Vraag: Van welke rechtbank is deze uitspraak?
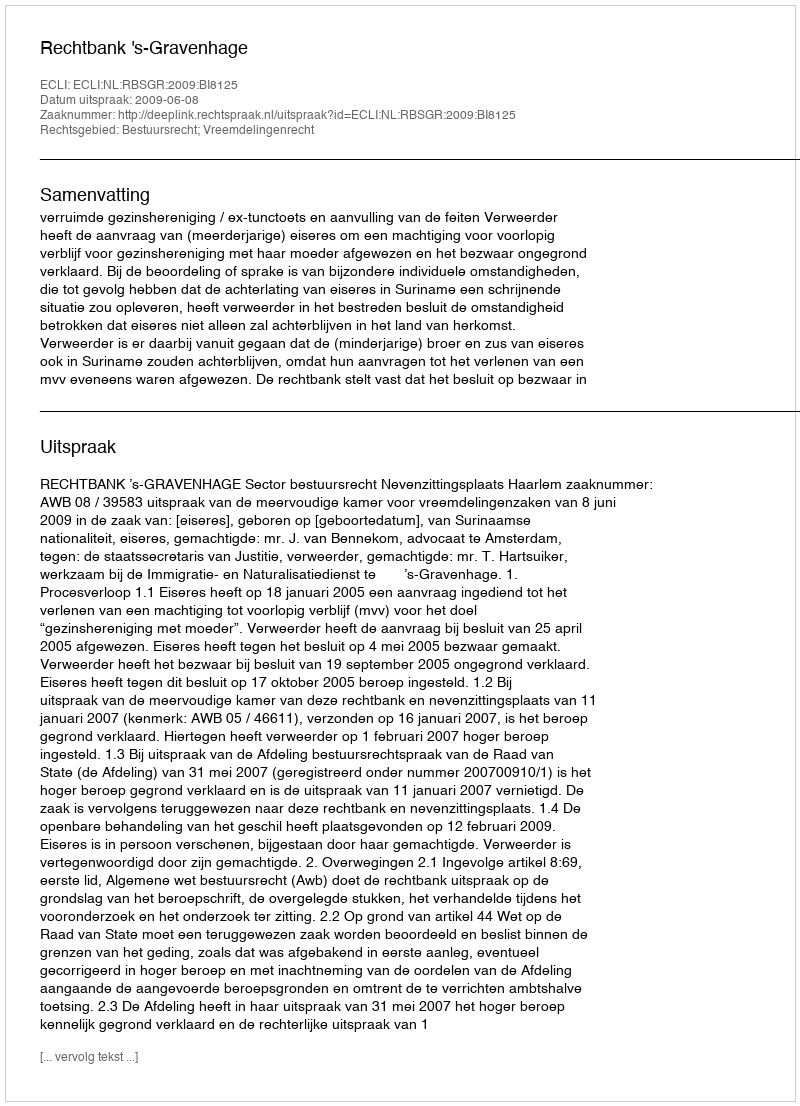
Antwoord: Rechtbank 's-Gravenhage